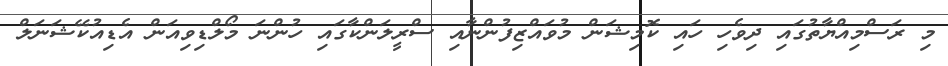
މި ރަސްމިއްޔާތުގައި ދިވެހި ހައި ކޮމިޝަން މުވައްޒިފުންނާއި ސްރީލަންކާގައި ހުންނަ މޯލްޑިވިއަން އެޑިއުކޭޝަނަލް